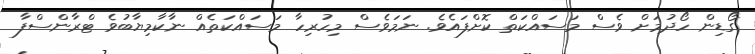
ގޯޑިން ހޯދުމަށް ވެސް މަސައްކަތް ކޮށްފައެވެ. ނަމަވެސް މިހުރިހާ މަސައްކަތެއް ނާކާމިޔާބުވެ ޓްރާންސްފާ